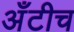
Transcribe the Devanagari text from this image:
अँटीच